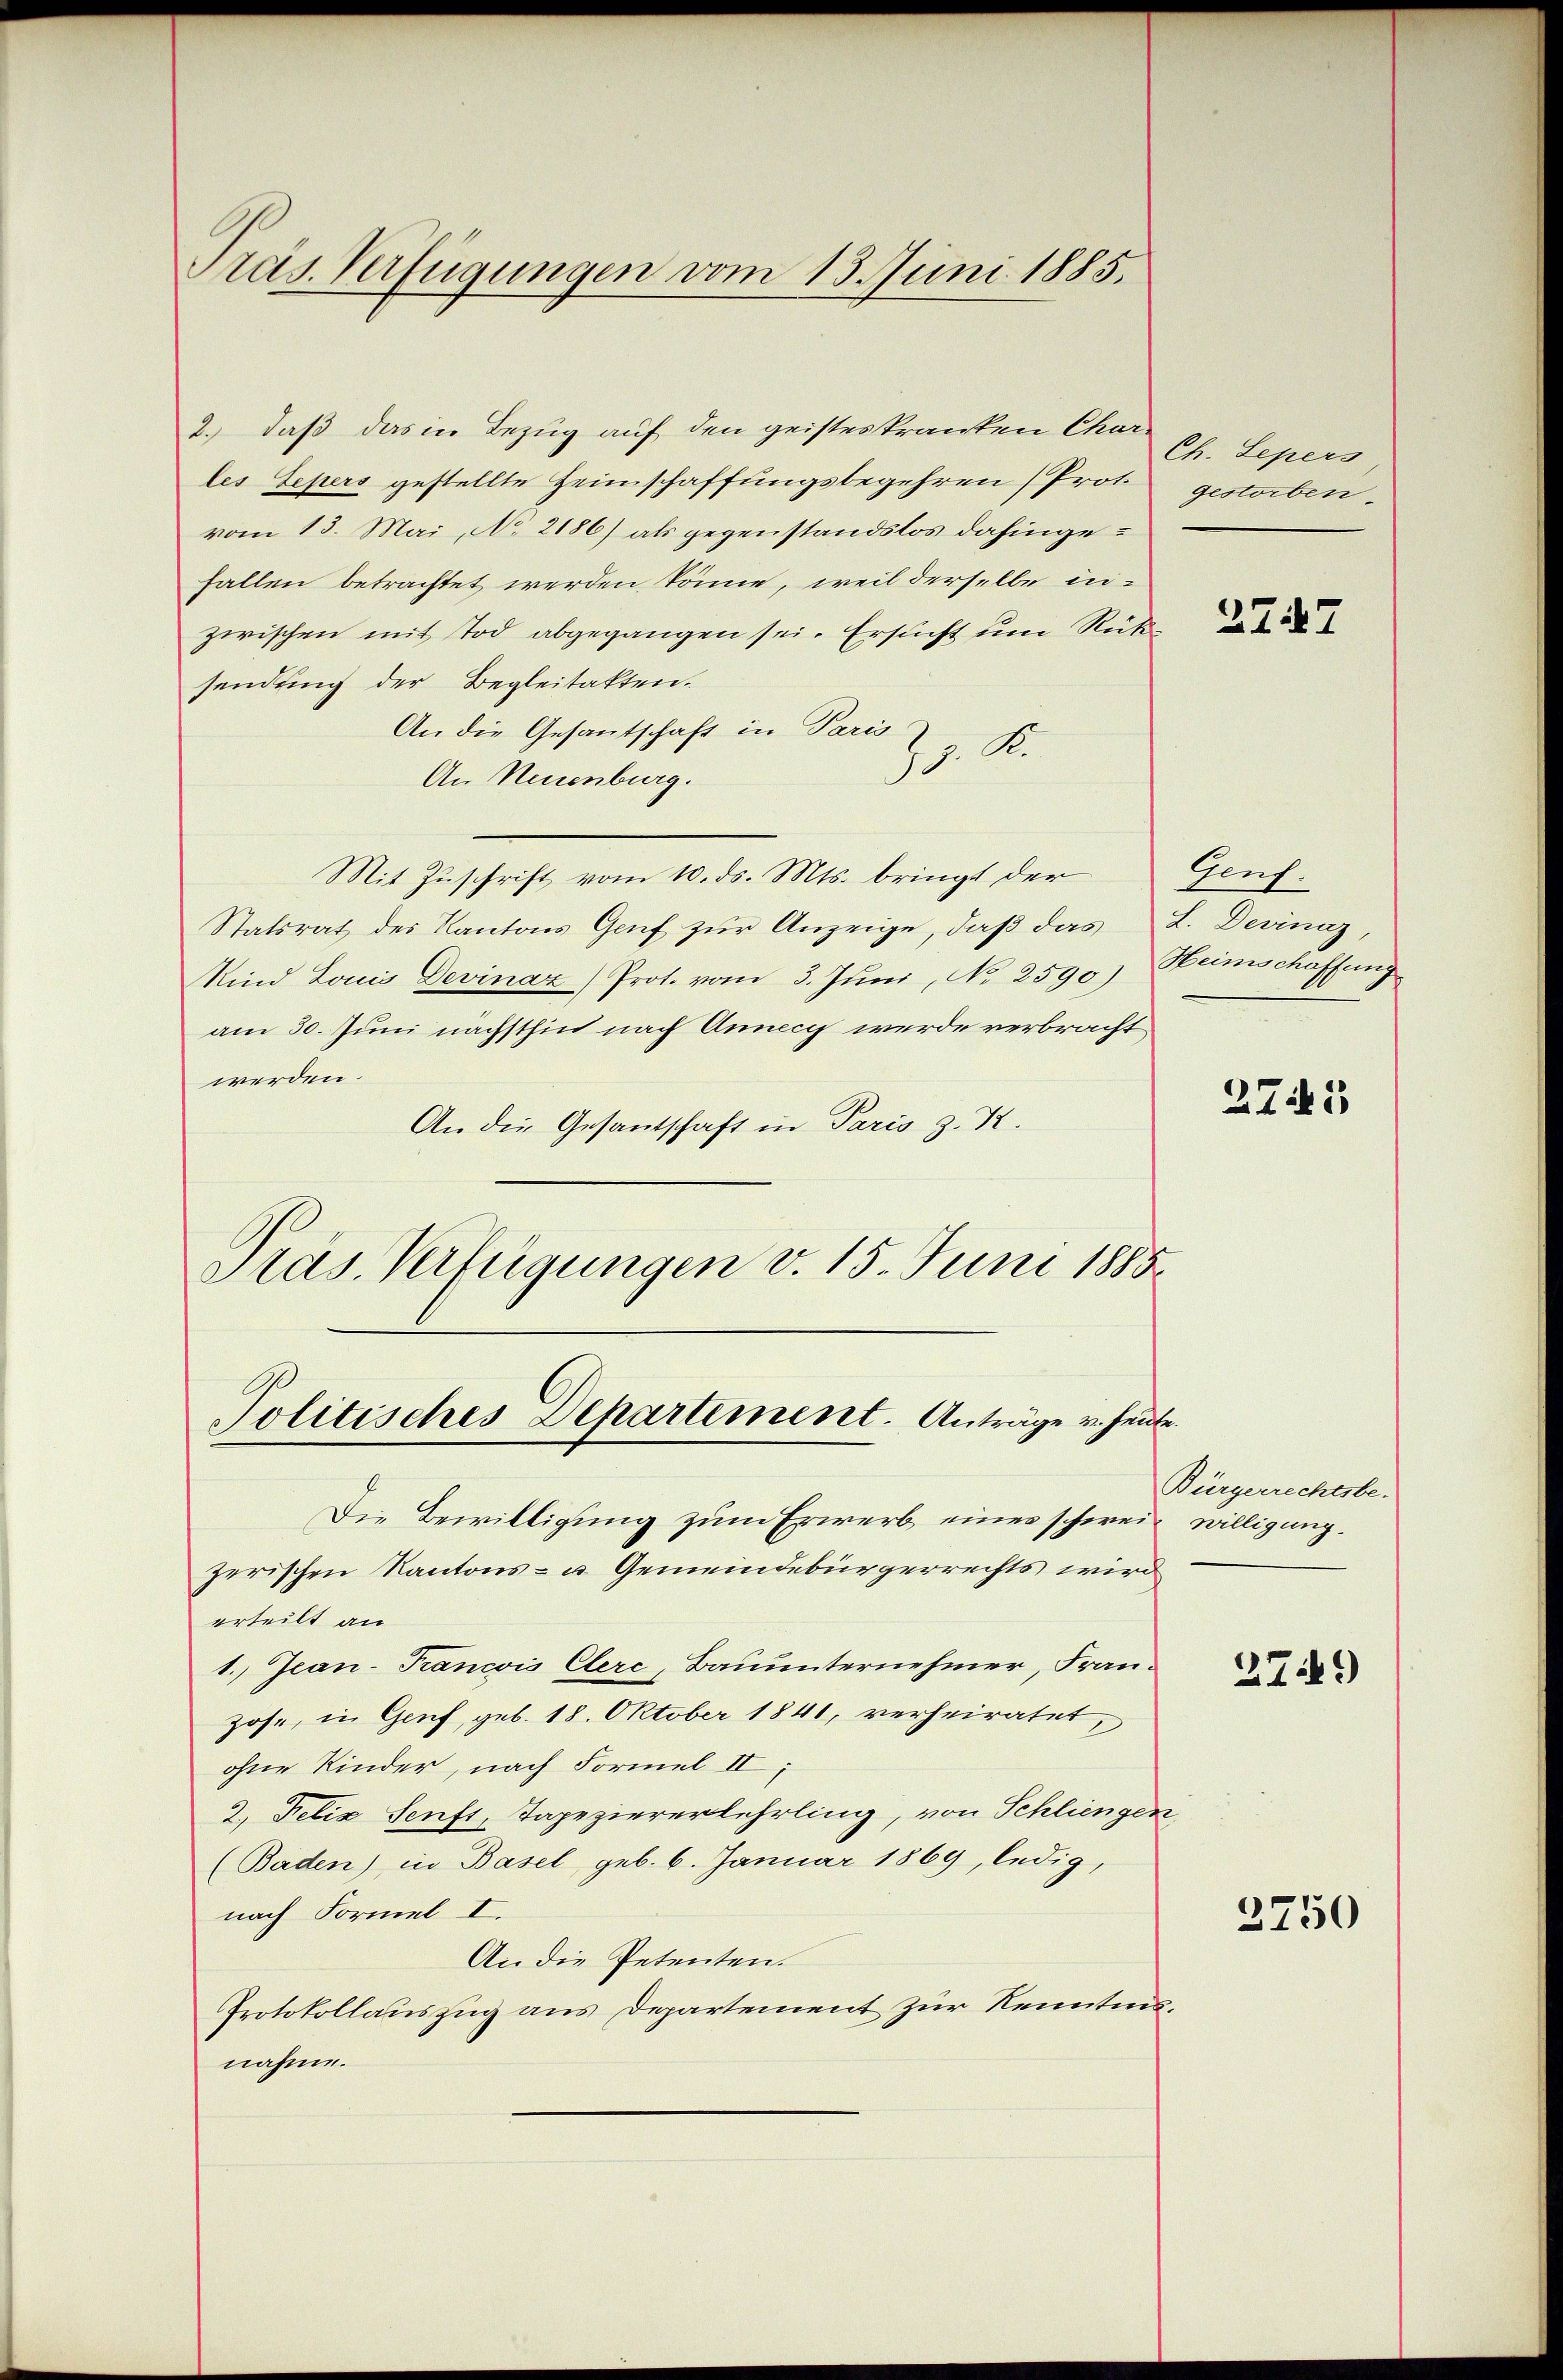
Präs. Verfügungen vom 13. Juni 1885.

2.) daß das in Bezug auf den geisteskranken Char-
les Zepers gestellte Heimschaffungsbegehren (Prot.
vom 13. Mai, No 2186) als gegenstandstos dahingehallen betrachtet werden könne, weil derselbe inzwischen mit Tod abgegangen sei. Ersucht um Rüke
sendung der Begleitakten.
An die Gesantschaft in Paris
17. S
An Neuenburg.
Mit Zuschrift vom 10. ds. Mts. bringt der
Statsrat des Kantons Genf zur Anzeige, daß das L. Devinaz,
Mind Louis Devinaz) Prot. vom 3. Juni, No 2590)
am 30. Juni nächsthin nach Annecy werde verbracht
werden.
An die Gesantschaft in Paris z. K.
Präs. Verfügungen v. 15. Juni 1885.

Politisches Departement. Anträge u. heute.

Ch. Sepers
gestorben

erteilt an
1. Jean-Trancois Clerc, Bauunternehmer, Franzose, in Genf, geb. 18. Oktober 1841, verheiratet,
ohne Kinder, nach Formel II
2. Felix Senft, Tapeziererlehrling, von Schliengen
(Baden) in Basel, geb. 6. Januar 1869, ledig,
nach Formel I.
An die Petenten.
Protokollauszug aus Departement zur Kenntnis.
nahme.

Die Bewilligung zum Erwerb eines schweiz willigung.
zerischen Kantons- u. Gemeindebürgerrechts wird

2

2747

Genf.
Heimschaffung

2745

Bürgerrechtsbe-

2749)

2750